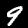
Label: 9